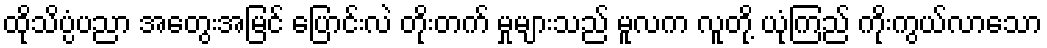
ထိုသိပ္ပံပညာ အတွေးအမြင် ပြောင်းလဲ တိုးတက် မှုများသည် မူလက လူတို့ ယုံကြည် ကိုးကွယ်လာသော